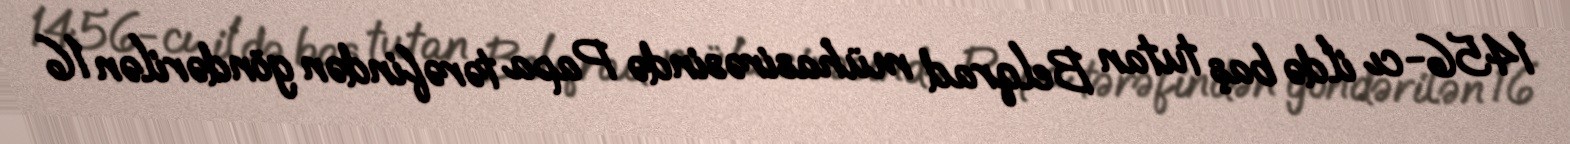
1456-cı ildə baş tutan Belqrad mühasirəsində Papa tərəfindən göndərilən 16